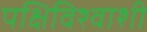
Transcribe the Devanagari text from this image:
पक्षिविश्वाशी